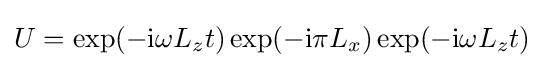
U=\exp(-\mathrm {i} \omega L_{z}t)\exp(-\mathrm {i} \pi L_{x})\exp(-\mathrm {i} \omega L_{z}t)